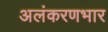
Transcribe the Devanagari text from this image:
अलंकरणभार